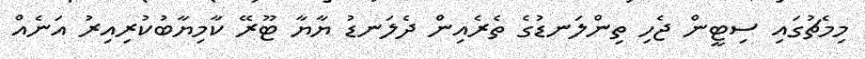
މިމެޗުގައި ސިޓީން ޖެހި ތިންލަނޑުގެ ތެރެއިން ދެލަނޑު ޔާޔާ ޓޫރޭ ކާމިޔާބުކުރިއިރު އަނެއް